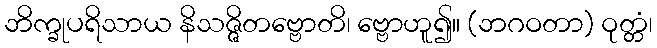
ဘိက္ခုပရိသာယ နိသဇ္ဇိတဗ္ဗောတိ၊ ဗ္ဗောဟူ၍။ (ဘဂဝတာ) ဝုတ္တံ၊